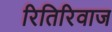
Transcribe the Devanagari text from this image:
रितिरिवाज